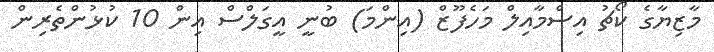
މާޒިޔާގެ ކޯޗު އިސްމާއިލް މަހެފޫޒް (އިންމަ) ބުނީ އީގަލްސް އިން 10 ކުޅުންތެރިން